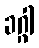
ခဂ္ဂါ